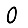
Digit: 0